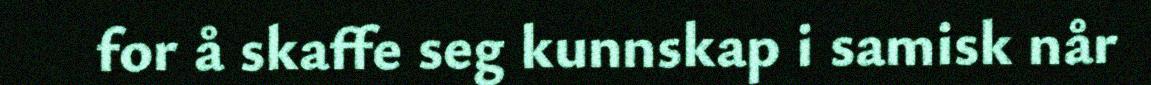
for å skaffe seg kunnskap i samisk når